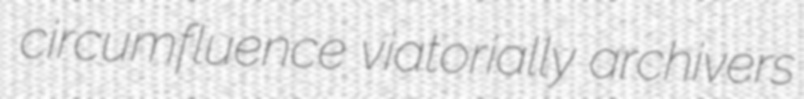
circumfluence viatorially archivers